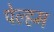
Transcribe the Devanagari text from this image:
पेल्हम